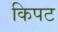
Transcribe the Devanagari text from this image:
किपट